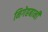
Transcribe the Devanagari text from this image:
निगेहबानी